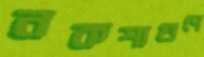
নকশাগুণে